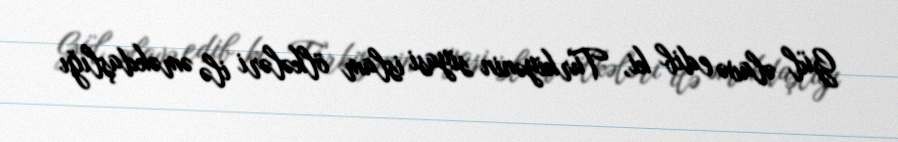
Gül əlavə edib ki, Türkiyənin siyasi islam ölkələri ilə əməkdaşlığı